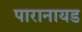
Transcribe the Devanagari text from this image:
पारानायड